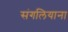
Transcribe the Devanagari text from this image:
संगलियाना